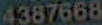
4387668